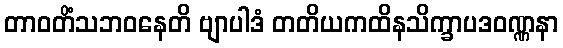
တာဝတိံသဘဝနေတိ ဗျာပါဒံ တတိယကထိနသိက္ခာပဒဝဏ္ဏနာ